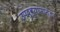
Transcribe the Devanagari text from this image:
उपद्व्यापानंतर